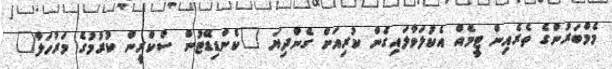
މެމްބަރުންގެ ތެރެއިން ޓީމެއް އެކުލަވާލައިގެން ކުރިއަށް ގެންދިޔަ "ކެންޑިޑޭޓުން ސްކްރީން ކުރުމުގެ މަރުހަލާ"